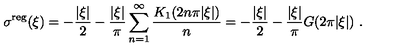
\sigma ^ { \mathrm { r e g } } ( \xi ) = - { \frac { | \xi | } { 2 } } - { \frac { | \xi | } { \pi } } \sum _ { n = 1 } ^ { \infty } { \frac { K _ { 1 } ( 2 n \pi | \xi | ) } { n } } = - { \frac { | \xi | } { 2 } } - { \frac { | \xi | } { \pi } } G ( 2 \pi | \xi | ) \ .